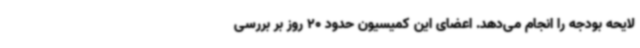
لایحه بودجه را انجام می‌دهد. اعضای این کمیسیون حدود 20 روز بر بررسی